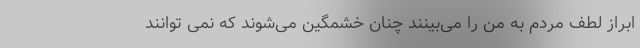
ابراز لطف مردم به من را می‌بینند چنان خشمگین می‌شوند که نمی توانند